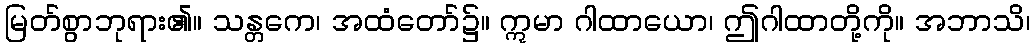
မြတ်စွာဘုရား၏။ သန္တကေ၊ အထံတော်၌။ ဣမာ ဂါထာယော၊ ဤဂါထာတို့ကို။ အဘာသိ၊